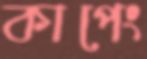
কাপেং